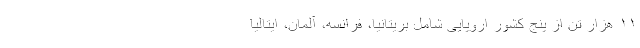
۱۱ هزار تن از پنج کشور اروپایی شامل بریتانیا، فرانسه، آلمان، ایتالیا